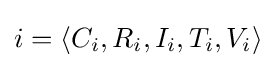
i=\langle C_{i},R_{i},I_{i},T_{i},V_{i}\rangle